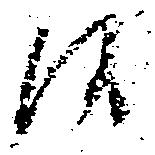
候